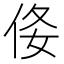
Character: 𠈍